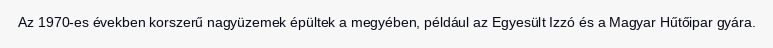
Az 1970-es években korszerű nagyüzemek épültek a megyében, például az Egyesült Izzó és a Magyar Hűtőipar gyára.